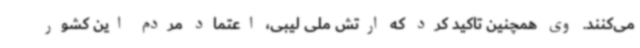
می‌کنند. وی همچنین تاکید کرد که ارتش ملی لیبی، اعتماد مردم این کشور